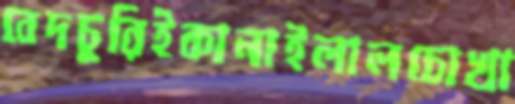
বেদচুরিইকানাইলালচোখা